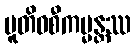
ပူတိဝစီကမ္မန္တဿ